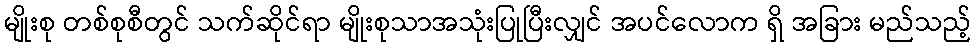
မျိုးစု တစ်စုစီတွင် သက်ဆိုင်ရာ မျိုးစုသာအသုံးပြုပြီးလျှင် အပင်လောက ရှိ အခြား မည်သည့်